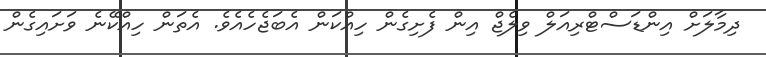
ދިމާލަށް އިންޑަސްޓްރިއަލް ވިލެޖް އިން ފެށިގެން ހިއްކަން އެބަޖެހެއެވެ. އެތަން ހިއްކޭނެ ވަށައިގެން